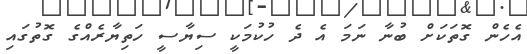
އެހެން ގޮތަކަށް ބުނާ ނަމަ އެ ދެ ހުކުމަކީ ސިޔާސީ ހަތިޔާރެއްގެ ގޮތުގައި